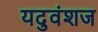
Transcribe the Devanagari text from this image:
यदुवंशज